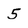
Character: 5